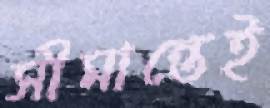
সীমান্তেই